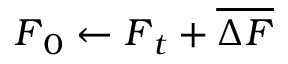
\boldsymbol { F } _ { 0 } \gets \boldsymbol { F } _ { t } + \overline { { \Delta \boldsymbol { F } } }